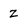
Character: z